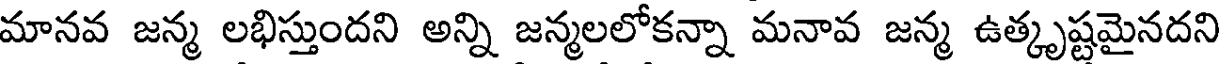
మానవ జన్మ లభిస్తుందని అన్ని జన్మలలోకన్నా మనావ జన్మ ఉత్కృష్టమైనదని